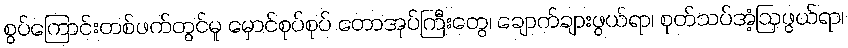
စွပ်ကြောင်းတစ်ဖက်တွင်မူ မှောင်စုပ်စုပ် တောအုပ်ကြီးတွေ၊ ချောက်ချားဖွယ်ရာ၊ စုတ်သပ်အံ့ဩဖွယ်ရာ၊